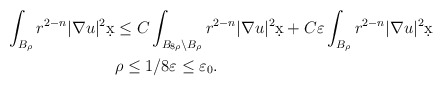
\begin{align*}\int_{B_{\rho}} r^{2-n} |\nabla u|^2 \d x &\leq C \int_{B_{8\rho} \setminus B_{\rho}} r^{2-n} |\nabla u|^2 \d x + C \varepsilon \int_{B_{\rho}} r^{2-n}|\nabla u|^2 \d x\\& \rho \leq 1/8 \varepsilon \leq \varepsilon_0.\end{align*}